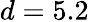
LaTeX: d=5.2